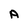
Character: A